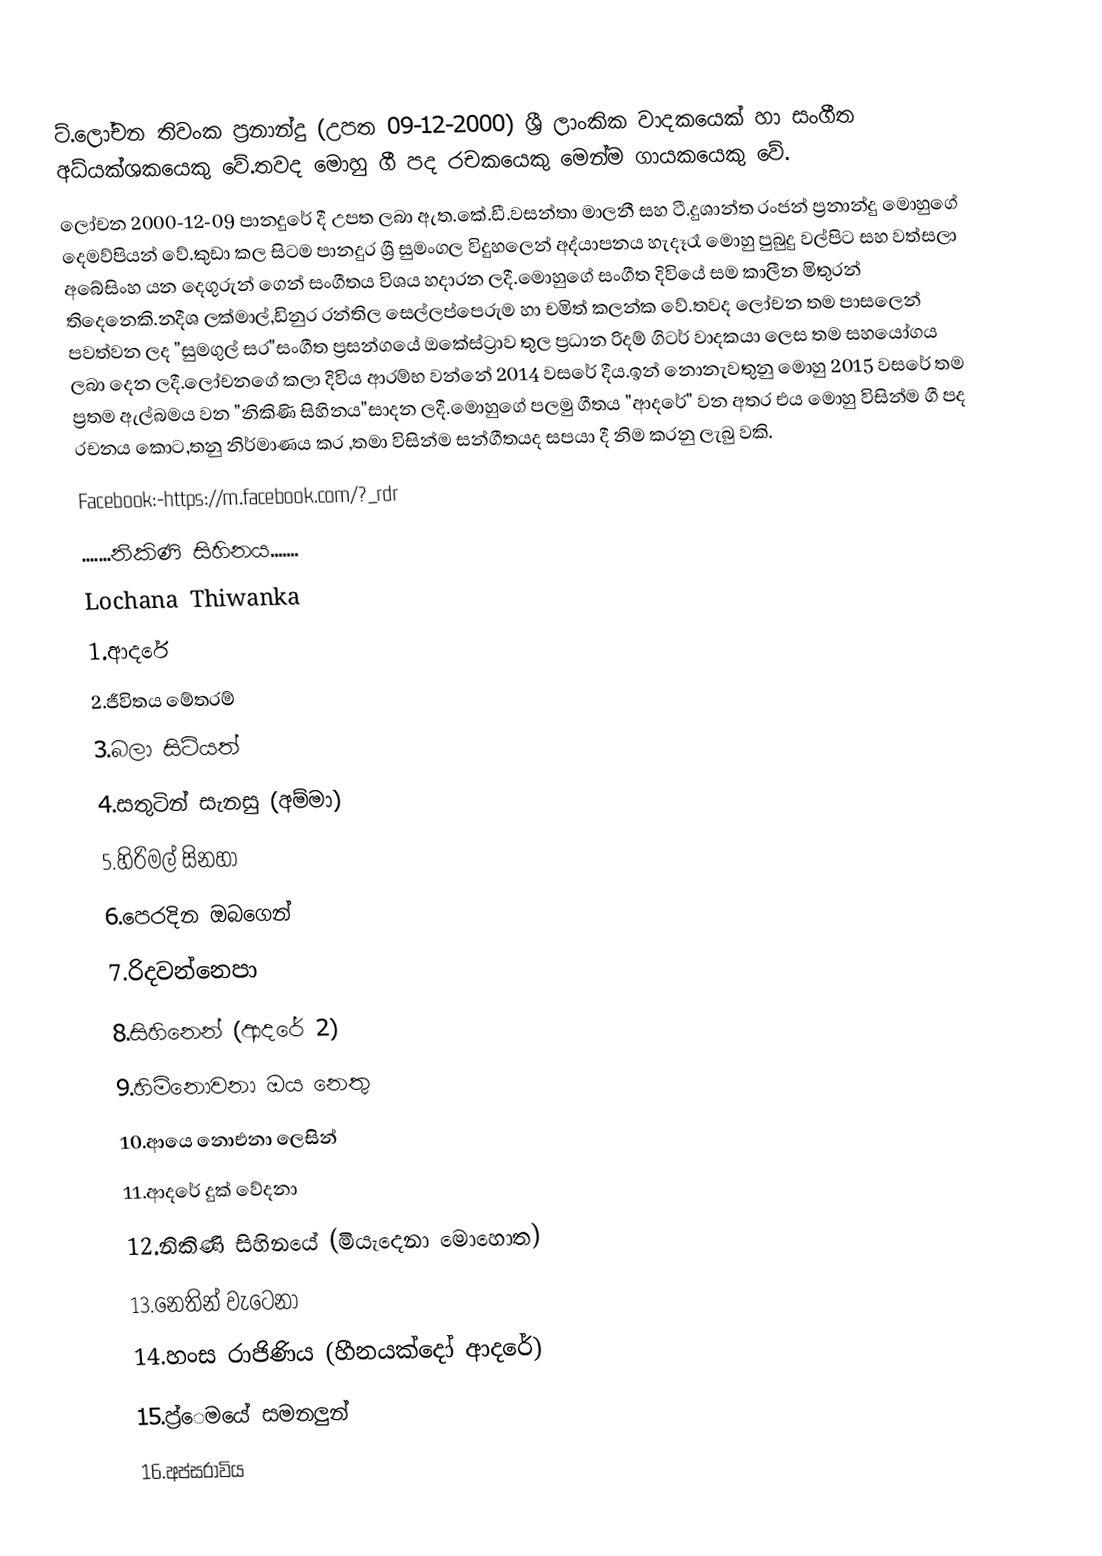
ට්.ලෝචන තිවංක ප්‍රනාන්දු (උපත 09-12-2000) ශ්‍රී ලාංකික වාදකයෙක් හා සංගීත අධ්යක්ශකයෙකු වේ.තවද මොහු ගී පද රචකයෙකු මෙන්ම ගායකයෙකු වේ.
           ලෝචන 2000-12-09 පානදුරේ දී උපත ලබා ඇත.කේ.ඩී.වසන්තා මාලනී සහ ටී.දුශාන්ත රංජන් ප්‍රනාන්දු මොහුගේ දෙමව්පියන් වේ.කුඩා කල සිටම පානදුර ශ්‍රී සුමංගල විදුහලෙන් අද්යාපනය හැදෑරෑ මොහු පුබුදු වල්පිට සහ වත්සලා අබේසිංහ යන දෙගුරුන් ගෙන් සංගීතය විශය හදාරන ලදී.මොහුගේ සංගීත දිවියේ සම කාලීන මිතුරන් තිදෙනෙකි.නදීශ ලක්මාල්,ඩිනුර රන්තිල සෙල්ලප්පෙරුම හා චමිත් කලන්ක වේ.තවද ලෝචන තම පාසලෙන් පවත්වන ලද "සුමගුල් සර"සංගීත ප්‍රසන්ගයේ ඔකේස්ට්‍රාව තුල ප්‍රධාන රිදම් ගිටර් වාදකයා ලෙස තම සහයෝගය ලබා දෙන ලදී.ලෝචනගේ කලා දිවිය ආරම්භ වන්නේ 2014 වසරේ දීය.ඉන් නොනැවතුනු මොහු 2015 වසරේ තම ප්‍රතම ඇල්බමය වන "නිකිණි සිහිනය"සාදන ලදී.මොහුගේ පලමු ගීතය "ආදරේ" වන අතර එය මොහු විසින්ම ගී පද රචනය කොට,තනු නිර්මාණය කර ,තමා විසින්ම සන්ගීතයද සපයා දී නිම කරනු ලැබු වකි.
Facebook:-https://m.facebook.com/?_rdr
                .......නිකිණි සිහිනය.......
Lochana Thiwanka
    1.ආදරේ
    2.ජීවිතය මේතරම්
    3.බලා සිටියත්
    4.සතුටින් සැනසු (අම්මා)
    5.හිරිමල් සිනහා
    6.පෙරදින ඔබගෙන්
    7.රිදවන්නෙපා
    8.සිහිනෙන් (ආදරේ 2)
    9.හිමිනොවනා ඔය නෙතු
  10.ආයෙ නොඑනා ලෙසින්
  11.ආදරේ දුක් වේදනා
  12.නිකිණි සිහිනයේ (මියැදෙනා මොහොත)
  13.නෙතින් වැටෙනා
  14.හංස රාජිණිය (හීනයක්දෝ ආදරේ)
  15.ප්‍ර්‍ෙමයේ සමනලුන්
  16.අප්සරාවිය